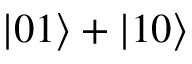
| 0 1 \rangle + | 1 0 \rangle